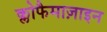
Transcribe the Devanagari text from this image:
क्लोफैमाज़ाइन